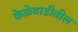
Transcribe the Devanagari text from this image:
केळेवाडीतील